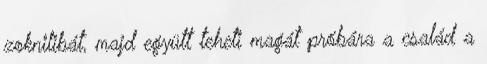
zoknilibát, majd együtt teheti magát próbára a család a